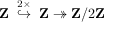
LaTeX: \mathbf { Z } \; \; { \overset { 2 \times } { \hookrightarrow } } \; \; \mathbf { Z } \twoheadrightarrow \mathbf { Z } / 2 \mathbf { Z }